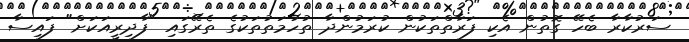
ސަރުކާރާ ބެހޭ ގޮތުން އެކި ފަރާތްތަކުން ކުރަމުންދާ ތުހުމަތުތަކުގެ ތެރޭގައި "ފާދިރީއަކަށް" ފައިސާ